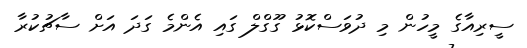
ސީރިއާގެ މީހުން މި ދުވަސްކޮޅު ގޫގްލް ގައި އެންމެ ގަދަ އަށް ސާޗުކުރާ